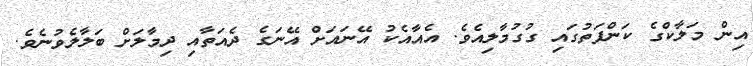
އިން މަލާކްގެ ކަންފަތުގައި ގުގުމާލިއެވެ. އެއާއެކު އޭނައަށް އޭނަގެ ދެއަތާއި ދިމާލަށް ބަލާލެވުނެވެ.